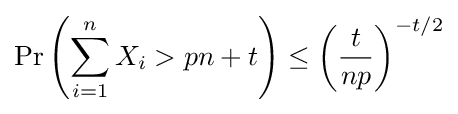
\Pr \left(\sum _{i=1}^{n}X_{i}>pn+t\right)\leq \left({\frac {t}{np}}\right)^{-t/2}